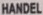
HANDEL